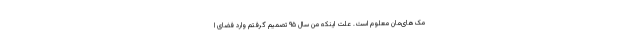
مک‌های‌مان معلوم است. علت اینکه من سال ۹۵ تصمیم گرفتم وارد فضای ا